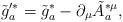
LaTeX: \begin{align*}\tilde{g}'^*_a = \tilde{g}^*_a -\partial_\mu \tilde{A}^{*\mu}_a,\end{align*}